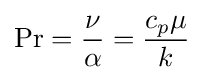
\mathrm {Pr} ={\frac {\nu }{\alpha }}={\frac {c_{p}\mu }{k}}